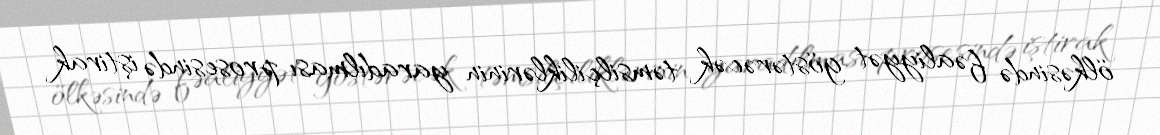
ölkəsində fəaliyyət göstərəcək təmsilçiliklərinin yaradılması prosesində iştirak